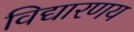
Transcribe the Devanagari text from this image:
विद्यारणय